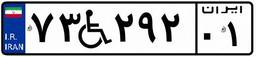
۷۳W۲۹۲۰۱